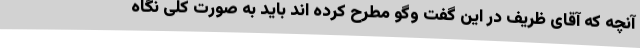
آنچه که آقای ظریف در این گفت وگو مطرح کرده اند باید به صورت کلی نگاه